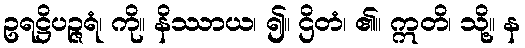
ဥရဋ္ဌိပဉ္ဇရံ၊ ကို။ နိဿာယ၊ ၍။ ဌိတံ၊ ၏။ ဣတိ၊ သို့။ န